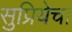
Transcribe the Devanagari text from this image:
सुप्रियेचा